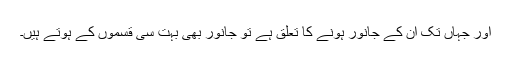
اور جہاں تک ان کے جانور ہونے کا تعلق ہے تو جانور بھی بہت سی قسموں کے ہوتے ہیں۔